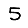
Digit: 5